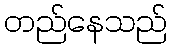
တည်နေသည်